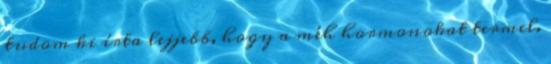
tudom ki írta lejjebb, hogy a méh hormonokat termel.